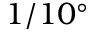
1 / 1 0 ^ { \circ }